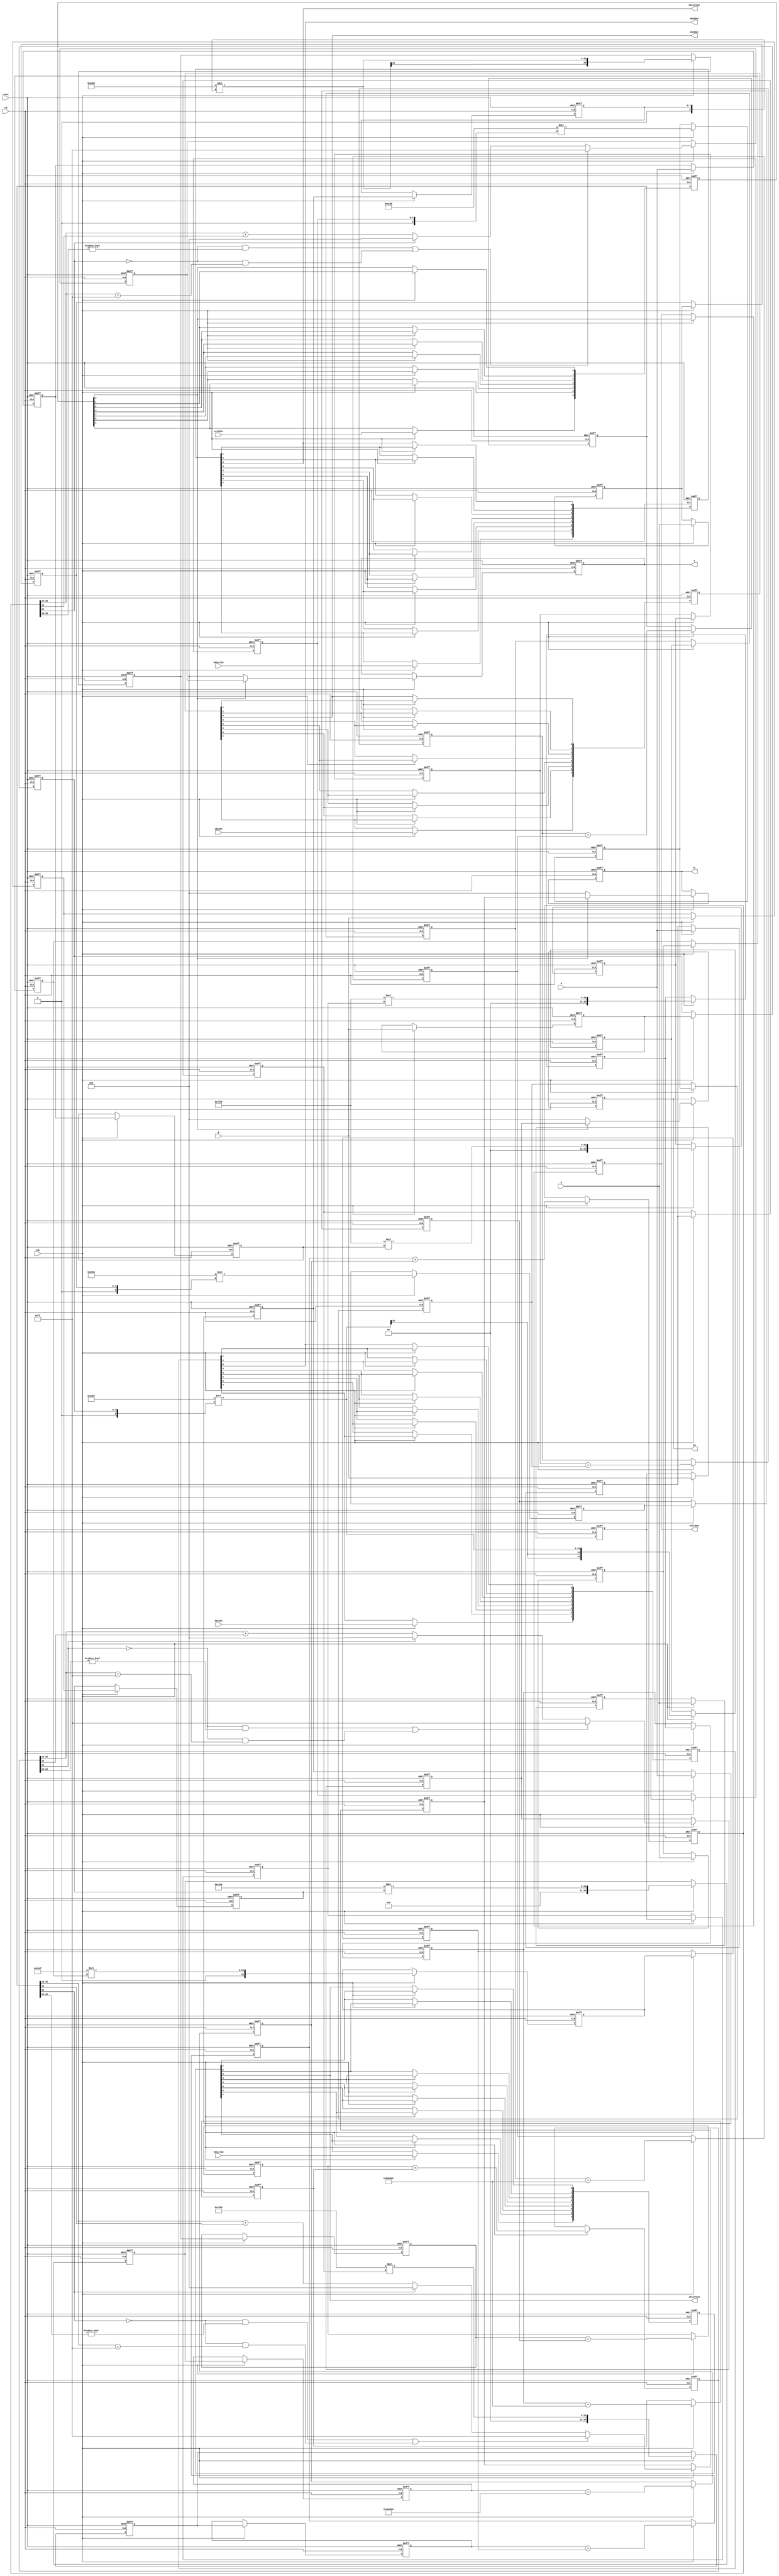
// -------------------------------------------------------------
// 
// 
// Generated by MATLAB 9.6 and HDL Coder 3.14
// 
// -------------------------------------------------------------


// -------------------------------------------------------------
// 
// Module: K_Means_ip_src_RGB2YCbCrCore
// Source Path: Sementation_8K/Segmentation_HW/K-Means/Color Space Converter/RGB2YCbCrCore
// Hierarchy Level: 3
// 
// RGB to YCbCr Converter
// 
// -------------------------------------------------------------

`timescale 1 ns / 1 ns

module K_Means_ip_src_RGB2YCbCrCore
          (clk,
           reset,
           enb,
           R,
           G,
           B,
           hStartIn,
           hEndIn,
           vStartIn,
           vEndIn,
           validIn,
           Y,
           Cb,
           Cr,
           hStartOut,
           hEndOut,
           vStartOut,
           vEndOut,
           validOut);


  input   clk;
  input   reset;
  input   enb;
  input   [7:0] R;  // uint8
  input   [7:0] G;  // uint8
  input   [7:0] B;  // uint8
  input   hStartIn;
  input   hEndIn;
  input   vStartIn;
  input   vEndIn;
  input   validIn;
  output  [7:0] Y;  // uint8
  output  [7:0] Cb;  // uint8
  output  [7:0] Cr;  // uint8
  output  hStartOut;
  output  hEndOut;
  output  vStartOut;
  output  vEndOut;
  output  validOut;


  reg  [0:6] intdelay_reg;  // ufix1 [7]
  wire [0:6] intdelay_reg_next;  // ufix1 [7]
  wire Mux_Sel;
  wire [7:0] const_zero;  // uint8
  reg [7:0] multiInDelay11_reg [0:1];  // ufix8 [2]
  wire [7:0] multiInDelay11_reg_next [0:1];  // ufix8 [2]
  wire [7:0] multiInReg11;  // uint8
  wire signed [8:0] gain_cast;  // sfix9
  wire signed [25:0] gain_mul_temp;  // sfix26_En16
  wire signed [24:0] multiOut11;  // sfix25_En16
  reg signed [24:0] multiOutDelay11_reg [0:1];  // sfix25 [2]
  wire signed [24:0] multiOutDelay11_reg_next [0:1];  // sfix25_En16 [2]
  wire signed [24:0] multiOutReg11;  // sfix25_En16
  reg [7:0] multiInDelay12_reg [0:1];  // ufix8 [2]
  wire [7:0] multiInDelay12_reg_next [0:1];  // ufix8 [2]
  wire [7:0] multiInReg12;  // uint8
  wire signed [8:0] gain_cast_1;  // sfix9
  wire signed [25:0] gain_mul_temp_1;  // sfix26_En16
  wire signed [24:0] multiOut12;  // sfix25_En16
  reg signed [24:0] multiOutDelay12_reg [0:1];  // sfix25 [2]
  wire signed [24:0] multiOutDelay12_reg_next [0:1];  // sfix25_En16 [2]
  wire signed [24:0] multiOutReg12;  // sfix25_En16
  wire signed [25:0] adder_add_cast;  // sfix26_En16
  wire signed [25:0] adder_add_cast_1;  // sfix26_En16
  wire signed [25:0] S1_up1;  // sfix26_En16
  reg signed [25:0] S1_up_delay1;  // sfix26_En16
  reg [7:0] multiInDelay13_reg [0:1];  // ufix8 [2]
  wire [7:0] multiInDelay13_reg_next [0:1];  // ufix8 [2]
  wire [7:0] multiInReg13;  // uint8
  wire signed [8:0] gain_cast_2;  // sfix9
  wire signed [25:0] gain_mul_temp_2;  // sfix26_En16
  wire signed [24:0] multiOut13;  // sfix25_En16
  reg signed [24:0] multiOutDelay13_reg [0:1];  // sfix25 [2]
  wire signed [24:0] multiOutDelay13_reg_next [0:1];  // sfix25_En16 [2]
  wire signed [24:0] multiOutReg13;  // sfix25_En16
  wire signed [24:0] offset1;  // sfix25_En16
  wire signed [25:0] adder_add_cast_2;  // sfix26_En16
  wire signed [25:0] adder_add_cast_3;  // sfix26_En16
  wire signed [25:0] S1_down1;  // sfix26_En16
  reg signed [25:0] S1_down_delay1;  // sfix26_En16
  wire signed [26:0] adder_add_cast_4;  // sfix27_En16
  wire signed [26:0] adder_add_cast_5;  // sfix27_En16
  wire signed [26:0] S21;  // sfix27_En16
  reg signed [26:0] S2_delay1;  // sfix27_En16
  wire [7:0] castout1;  // uint8
  reg [7:0] cast_delay1;  // uint8
  wire [7:0] SwitchOut1;  // uint8
  reg [7:0] Y_1;  // uint8
  reg [7:0] multiInDelay21_reg [0:1];  // ufix8 [2]
  wire [7:0] multiInDelay21_reg_next [0:1];  // ufix8 [2]
  wire [7:0] multiInReg21;  // uint8
  wire signed [8:0] gain_cast_3;  // sfix9
  wire signed [25:0] gain_mul_temp_3;  // sfix26_En16
  wire signed [24:0] multiOut21;  // sfix25_En16
  reg signed [24:0] multiOutDelay21_reg [0:1];  // sfix25 [2]
  wire signed [24:0] multiOutDelay21_reg_next [0:1];  // sfix25_En16 [2]
  wire signed [24:0] multiOutReg21;  // sfix25_En16
  reg [7:0] multiInDelay22_reg [0:1];  // ufix8 [2]
  wire [7:0] multiInDelay22_reg_next [0:1];  // ufix8 [2]
  wire [7:0] multiInReg22;  // uint8
  wire signed [8:0] gain_cast_4;  // sfix9
  wire signed [25:0] gain_mul_temp_4;  // sfix26_En16
  wire signed [24:0] multiOut22;  // sfix25_En16
  reg signed [24:0] multiOutDelay22_reg [0:1];  // sfix25 [2]
  wire signed [24:0] multiOutDelay22_reg_next [0:1];  // sfix25_En16 [2]
  wire signed [24:0] multiOutReg22;  // sfix25_En16
  wire signed [25:0] adder_add_cast_6;  // sfix26_En16
  wire signed [25:0] adder_add_cast_7;  // sfix26_En16
  wire signed [25:0] S1_up2;  // sfix26_En16
  reg signed [25:0] S1_up_delay2;  // sfix26_En16
  reg [7:0] multiInDelay23_reg [0:1];  // ufix8 [2]
  wire [7:0] multiInDelay23_reg_next [0:1];  // ufix8 [2]
  wire [7:0] multiInReg23;  // uint8
  wire signed [8:0] gain_cast_5;  // sfix9
  wire signed [25:0] gain_mul_temp_5;  // sfix26_En16
  wire signed [24:0] multiOut23;  // sfix25_En16
  reg signed [24:0] multiOutDelay23_reg [0:1];  // sfix25 [2]
  wire signed [24:0] multiOutDelay23_reg_next [0:1];  // sfix25_En16 [2]
  wire signed [24:0] multiOutReg23;  // sfix25_En16
  wire signed [24:0] offset2;  // sfix25_En16
  wire signed [25:0] adder_add_cast_8;  // sfix26_En16
  wire signed [25:0] adder_add_cast_9;  // sfix26_En16
  wire signed [25:0] S1_down2;  // sfix26_En16
  reg signed [25:0] S1_down_delay2;  // sfix26_En16
  wire signed [26:0] adder_add_cast_10;  // sfix27_En16
  wire signed [26:0] adder_add_cast_11;  // sfix27_En16
  wire signed [26:0] S22;  // sfix27_En16
  reg signed [26:0] S2_delay2;  // sfix27_En16
  wire [7:0] castout2;  // uint8
  reg [7:0] cast_delay2;  // uint8
  wire [7:0] SwitchOut2;  // uint8
  reg [7:0] Cb_1;  // uint8
  reg [7:0] multiInDelay31_reg [0:1];  // ufix8 [2]
  wire [7:0] multiInDelay31_reg_next [0:1];  // ufix8 [2]
  wire [7:0] multiInReg31;  // uint8
  wire signed [8:0] gain_cast_6;  // sfix9
  wire signed [25:0] gain_mul_temp_6;  // sfix26_En16
  wire signed [24:0] multiOut31;  // sfix25_En16
  reg signed [24:0] multiOutDelay31_reg [0:1];  // sfix25 [2]
  wire signed [24:0] multiOutDelay31_reg_next [0:1];  // sfix25_En16 [2]
  wire signed [24:0] multiOutReg31;  // sfix25_En16
  reg [7:0] multiInDelay32_reg [0:1];  // ufix8 [2]
  wire [7:0] multiInDelay32_reg_next [0:1];  // ufix8 [2]
  wire [7:0] multiInReg32;  // uint8
  wire signed [8:0] gain_cast_7;  // sfix9
  wire signed [25:0] gain_mul_temp_7;  // sfix26_En16
  wire signed [24:0] multiOut32;  // sfix25_En16
  reg signed [24:0] multiOutDelay32_reg [0:1];  // sfix25 [2]
  wire signed [24:0] multiOutDelay32_reg_next [0:1];  // sfix25_En16 [2]
  wire signed [24:0] multiOutReg32;  // sfix25_En16
  wire signed [25:0] adder_add_cast_12;  // sfix26_En16
  wire signed [25:0] adder_add_cast_13;  // sfix26_En16
  wire signed [25:0] S1_up3;  // sfix26_En16
  reg signed [25:0] S1_up_delay3;  // sfix26_En16
  reg [7:0] multiInDelay33_reg [0:1];  // ufix8 [2]
  wire [7:0] multiInDelay33_reg_next [0:1];  // ufix8 [2]
  wire [7:0] multiInReg33;  // uint8
  wire signed [8:0] gain_cast_8;  // sfix9
  wire signed [25:0] gain_mul_temp_8;  // sfix26_En16
  wire signed [24:0] multiOut33;  // sfix25_En16
  reg signed [24:0] multiOutDelay33_reg [0:1];  // sfix25 [2]
  wire signed [24:0] multiOutDelay33_reg_next [0:1];  // sfix25_En16 [2]
  wire signed [24:0] multiOutReg33;  // sfix25_En16
  wire signed [24:0] offset3;  // sfix25_En16
  wire signed [25:0] adder_add_cast_14;  // sfix26_En16
  wire signed [25:0] adder_add_cast_15;  // sfix26_En16
  wire signed [25:0] S1_down3;  // sfix26_En16
  reg signed [25:0] S1_down_delay3;  // sfix26_En16
  wire signed [26:0] adder_add_cast_16;  // sfix27_En16
  wire signed [26:0] adder_add_cast_17;  // sfix27_En16
  wire signed [26:0] S23;  // sfix27_En16
  reg signed [26:0] S2_delay3;  // sfix27_En16
  wire [7:0] castout3;  // uint8
  reg [7:0] cast_delay3;  // uint8
  wire [7:0] SwitchOut3;  // uint8
  reg [7:0] Cr_1;  // uint8
  reg  [0:7] hStart_reg;  // ufix1 [8]
  wire [0:7] hStart_reg_next;  // ufix1 [8]
  reg  [0:7] hEnd_reg;  // ufix1 [8]
  wire [0:7] hEnd_reg_next;  // ufix1 [8]
  reg  [0:7] vStart_reg;  // ufix1 [8]
  wire [0:7] vStart_reg_next;  // ufix1 [8]
  reg  [0:7] vEnd_reg;  // ufix1 [8]
  wire [0:7] vEnd_reg_next;  // ufix1 [8]
  reg  validOut_1;


  always @(posedge clk or posedge reset)
    begin : intdelay_process
      if (reset == 1'b1) begin
        intdelay_reg[0] <= 1'b0;
        intdelay_reg[1] <= 1'b0;
        intdelay_reg[2] <= 1'b0;
        intdelay_reg[3] <= 1'b0;
        intdelay_reg[4] <= 1'b0;
        intdelay_reg[5] <= 1'b0;
        intdelay_reg[6] <= 1'b0;
      end
      else begin
        if (enb) begin
          intdelay_reg[0] <= intdelay_reg_next[0];
          intdelay_reg[1] <= intdelay_reg_next[1];
          intdelay_reg[2] <= intdelay_reg_next[2];
          intdelay_reg[3] <= intdelay_reg_next[3];
          intdelay_reg[4] <= intdelay_reg_next[4];
          intdelay_reg[5] <= intdelay_reg_next[5];
          intdelay_reg[6] <= intdelay_reg_next[6];
        end
      end
    end

  assign Mux_Sel = intdelay_reg[6];
  assign intdelay_reg_next[0] = validIn;
  assign intdelay_reg_next[1] = intdelay_reg[0];
  assign intdelay_reg_next[2] = intdelay_reg[1];
  assign intdelay_reg_next[3] = intdelay_reg[2];
  assign intdelay_reg_next[4] = intdelay_reg[3];
  assign intdelay_reg_next[5] = intdelay_reg[4];
  assign intdelay_reg_next[6] = intdelay_reg[5];



  assign const_zero = 8'b00000000;



  always @(posedge clk or posedge reset)
    begin : multiInDelay11_process
      if (reset == 1'b1) begin
        multiInDelay11_reg[0] <= 8'b00000000;
        multiInDelay11_reg[1] <= 8'b00000000;
      end
      else begin
        if (enb) begin
          multiInDelay11_reg[0] <= multiInDelay11_reg_next[0];
          multiInDelay11_reg[1] <= multiInDelay11_reg_next[1];
        end
      end
    end

  assign multiInReg11 = multiInDelay11_reg[1];
  assign multiInDelay11_reg_next[0] = R;
  assign multiInDelay11_reg_next[1] = multiInDelay11_reg[0];



  assign gain_cast = {1'b0, multiInReg11};
  assign gain_mul_temp = 17'sb00100000110111101 * gain_cast;
  assign multiOut11 = gain_mul_temp[24:0];



  always @(posedge clk or posedge reset)
    begin : multiOutDelay11_process
      if (reset == 1'b1) begin
        multiOutDelay11_reg[0] <= 25'sb0000000000000000000000000;
        multiOutDelay11_reg[1] <= 25'sb0000000000000000000000000;
      end
      else begin
        if (enb) begin
          multiOutDelay11_reg[0] <= multiOutDelay11_reg_next[0];
          multiOutDelay11_reg[1] <= multiOutDelay11_reg_next[1];
        end
      end
    end

  assign multiOutReg11 = multiOutDelay11_reg[1];
  assign multiOutDelay11_reg_next[0] = multiOut11;
  assign multiOutDelay11_reg_next[1] = multiOutDelay11_reg[0];



  always @(posedge clk or posedge reset)
    begin : multiInDelay12_process
      if (reset == 1'b1) begin
        multiInDelay12_reg[0] <= 8'b00000000;
        multiInDelay12_reg[1] <= 8'b00000000;
      end
      else begin
        if (enb) begin
          multiInDelay12_reg[0] <= multiInDelay12_reg_next[0];
          multiInDelay12_reg[1] <= multiInDelay12_reg_next[1];
        end
      end
    end

  assign multiInReg12 = multiInDelay12_reg[1];
  assign multiInDelay12_reg_next[0] = G;
  assign multiInDelay12_reg_next[1] = multiInDelay12_reg[0];



  assign gain_cast_1 = {1'b0, multiInReg12};
  assign gain_mul_temp_1 = 17'sb01000000100001111 * gain_cast_1;
  assign multiOut12 = gain_mul_temp_1[24:0];



  always @(posedge clk or posedge reset)
    begin : multiOutDelay12_process
      if (reset == 1'b1) begin
        multiOutDelay12_reg[0] <= 25'sb0000000000000000000000000;
        multiOutDelay12_reg[1] <= 25'sb0000000000000000000000000;
      end
      else begin
        if (enb) begin
          multiOutDelay12_reg[0] <= multiOutDelay12_reg_next[0];
          multiOutDelay12_reg[1] <= multiOutDelay12_reg_next[1];
        end
      end
    end

  assign multiOutReg12 = multiOutDelay12_reg[1];
  assign multiOutDelay12_reg_next[0] = multiOut12;
  assign multiOutDelay12_reg_next[1] = multiOutDelay12_reg[0];



  assign adder_add_cast = {multiOutReg11[24], multiOutReg11};
  assign adder_add_cast_1 = {multiOutReg12[24], multiOutReg12};
  assign S1_up1 = adder_add_cast + adder_add_cast_1;



  always @(posedge clk or posedge reset)
    begin : intdelay_1_process
      if (reset == 1'b1) begin
        S1_up_delay1 <= 26'sb00000000000000000000000000;
      end
      else begin
        if (enb) begin
          S1_up_delay1 <= S1_up1;
        end
      end
    end



  always @(posedge clk or posedge reset)
    begin : multiInDelay13_process
      if (reset == 1'b1) begin
        multiInDelay13_reg[0] <= 8'b00000000;
        multiInDelay13_reg[1] <= 8'b00000000;
      end
      else begin
        if (enb) begin
          multiInDelay13_reg[0] <= multiInDelay13_reg_next[0];
          multiInDelay13_reg[1] <= multiInDelay13_reg_next[1];
        end
      end
    end

  assign multiInReg13 = multiInDelay13_reg[1];
  assign multiInDelay13_reg_next[0] = B;
  assign multiInDelay13_reg_next[1] = multiInDelay13_reg[0];



  assign gain_cast_2 = {1'b0, multiInReg13};
  assign gain_mul_temp_2 = 17'sb00001100100010000 * gain_cast_2;
  assign multiOut13 = gain_mul_temp_2[24:0];



  always @(posedge clk or posedge reset)
    begin : multiOutDelay13_process
      if (reset == 1'b1) begin
        multiOutDelay13_reg[0] <= 25'sb0000000000000000000000000;
        multiOutDelay13_reg[1] <= 25'sb0000000000000000000000000;
      end
      else begin
        if (enb) begin
          multiOutDelay13_reg[0] <= multiOutDelay13_reg_next[0];
          multiOutDelay13_reg[1] <= multiOutDelay13_reg_next[1];
        end
      end
    end

  assign multiOutReg13 = multiOutDelay13_reg[1];
  assign multiOutDelay13_reg_next[0] = multiOut13;
  assign multiOutDelay13_reg_next[1] = multiOutDelay13_reg[0];



  assign offset1 = 25'sb0000100000000000000000000;



  assign adder_add_cast_2 = {multiOutReg13[24], multiOutReg13};
  assign adder_add_cast_3 = {offset1[24], offset1};
  assign S1_down1 = adder_add_cast_2 + adder_add_cast_3;



  always @(posedge clk or posedge reset)
    begin : intdelay_2_process
      if (reset == 1'b1) begin
        S1_down_delay1 <= 26'sb00000000000000000000000000;
      end
      else begin
        if (enb) begin
          S1_down_delay1 <= S1_down1;
        end
      end
    end



  assign adder_add_cast_4 = {S1_up_delay1[25], S1_up_delay1};
  assign adder_add_cast_5 = {S1_down_delay1[25], S1_down_delay1};
  assign S21 = adder_add_cast_4 + adder_add_cast_5;



  always @(posedge clk or posedge reset)
    begin : intdelay_3_process
      if (reset == 1'b1) begin
        S2_delay1 <= 27'sb000000000000000000000000000;
      end
      else begin
        if (enb) begin
          S2_delay1 <= S21;
        end
      end
    end



  // convert to dataOut data type
  assign castout1 = (((S2_delay1[26] == 1'b0) && (S2_delay1[25:24] != 2'b00)) || ((S2_delay1[26] == 1'b0) && (S2_delay1[23:16] == 8'b11111111)) ? 8'b11111111 :
              (S2_delay1[26] == 1'b1 ? 8'b00000000 :
              S2_delay1[23:16] + S2_delay1[15]));



  always @(posedge clk or posedge reset)
    begin : intdelay_4_process
      if (reset == 1'b1) begin
        cast_delay1 <= 8'b00000000;
      end
      else begin
        if (enb) begin
          cast_delay1 <= castout1;
        end
      end
    end



  assign SwitchOut1 = (Mux_Sel == 1'b0 ? const_zero :
              cast_delay1);



  always @(posedge clk or posedge reset)
    begin : intdelay_5_process
      if (reset == 1'b1) begin
        Y_1 <= 8'b00000000;
      end
      else begin
        if (enb) begin
          Y_1 <= SwitchOut1;
        end
      end
    end



  always @(posedge clk or posedge reset)
    begin : multiInDelay21_process
      if (reset == 1'b1) begin
        multiInDelay21_reg[0] <= 8'b00000000;
        multiInDelay21_reg[1] <= 8'b00000000;
      end
      else begin
        if (enb) begin
          multiInDelay21_reg[0] <= multiInDelay21_reg_next[0];
          multiInDelay21_reg[1] <= multiInDelay21_reg_next[1];
        end
      end
    end

  assign multiInReg21 = multiInDelay21_reg[1];
  assign multiInDelay21_reg_next[0] = R;
  assign multiInDelay21_reg_next[1] = multiInDelay21_reg[0];



  assign gain_cast_3 = {1'b0, multiInReg21};
  assign gain_mul_temp_3 = 17'sb11101101000001110 * gain_cast_3;
  assign multiOut21 = gain_mul_temp_3[24:0];



  always @(posedge clk or posedge reset)
    begin : multiOutDelay21_process
      if (reset == 1'b1) begin
        multiOutDelay21_reg[0] <= 25'sb0000000000000000000000000;
        multiOutDelay21_reg[1] <= 25'sb0000000000000000000000000;
      end
      else begin
        if (enb) begin
          multiOutDelay21_reg[0] <= multiOutDelay21_reg_next[0];
          multiOutDelay21_reg[1] <= multiOutDelay21_reg_next[1];
        end
      end
    end

  assign multiOutReg21 = multiOutDelay21_reg[1];
  assign multiOutDelay21_reg_next[0] = multiOut21;
  assign multiOutDelay21_reg_next[1] = multiOutDelay21_reg[0];



  always @(posedge clk or posedge reset)
    begin : multiInDelay22_process
      if (reset == 1'b1) begin
        multiInDelay22_reg[0] <= 8'b00000000;
        multiInDelay22_reg[1] <= 8'b00000000;
      end
      else begin
        if (enb) begin
          multiInDelay22_reg[0] <= multiInDelay22_reg_next[0];
          multiInDelay22_reg[1] <= multiInDelay22_reg_next[1];
        end
      end
    end

  assign multiInReg22 = multiInDelay22_reg[1];
  assign multiInDelay22_reg_next[0] = G;
  assign multiInDelay22_reg_next[1] = multiInDelay22_reg[0];



  assign gain_cast_4 = {1'b0, multiInReg22};
  assign gain_mul_temp_4 = 17'sb11011010110000001 * gain_cast_4;
  assign multiOut22 = gain_mul_temp_4[24:0];



  always @(posedge clk or posedge reset)
    begin : multiOutDelay22_process
      if (reset == 1'b1) begin
        multiOutDelay22_reg[0] <= 25'sb0000000000000000000000000;
        multiOutDelay22_reg[1] <= 25'sb0000000000000000000000000;
      end
      else begin
        if (enb) begin
          multiOutDelay22_reg[0] <= multiOutDelay22_reg_next[0];
          multiOutDelay22_reg[1] <= multiOutDelay22_reg_next[1];
        end
      end
    end

  assign multiOutReg22 = multiOutDelay22_reg[1];
  assign multiOutDelay22_reg_next[0] = multiOut22;
  assign multiOutDelay22_reg_next[1] = multiOutDelay22_reg[0];



  assign adder_add_cast_6 = {multiOutReg21[24], multiOutReg21};
  assign adder_add_cast_7 = {multiOutReg22[24], multiOutReg22};
  assign S1_up2 = adder_add_cast_6 + adder_add_cast_7;



  always @(posedge clk or posedge reset)
    begin : intdelay_6_process
      if (reset == 1'b1) begin
        S1_up_delay2 <= 26'sb00000000000000000000000000;
      end
      else begin
        if (enb) begin
          S1_up_delay2 <= S1_up2;
        end
      end
    end



  always @(posedge clk or posedge reset)
    begin : multiInDelay23_process
      if (reset == 1'b1) begin
        multiInDelay23_reg[0] <= 8'b00000000;
        multiInDelay23_reg[1] <= 8'b00000000;
      end
      else begin
        if (enb) begin
          multiInDelay23_reg[0] <= multiInDelay23_reg_next[0];
          multiInDelay23_reg[1] <= multiInDelay23_reg_next[1];
        end
      end
    end

  assign multiInReg23 = multiInDelay23_reg[1];
  assign multiInDelay23_reg_next[0] = B;
  assign multiInDelay23_reg_next[1] = multiInDelay23_reg[0];



  assign gain_cast_5 = {1'b0, multiInReg23};
  assign gain_mul_temp_5 = 17'sb00111000001110000 * gain_cast_5;
  assign multiOut23 = gain_mul_temp_5[24:0];



  always @(posedge clk or posedge reset)
    begin : multiOutDelay23_process
      if (reset == 1'b1) begin
        multiOutDelay23_reg[0] <= 25'sb0000000000000000000000000;
        multiOutDelay23_reg[1] <= 25'sb0000000000000000000000000;
      end
      else begin
        if (enb) begin
          multiOutDelay23_reg[0] <= multiOutDelay23_reg_next[0];
          multiOutDelay23_reg[1] <= multiOutDelay23_reg_next[1];
        end
      end
    end

  assign multiOutReg23 = multiOutDelay23_reg[1];
  assign multiOutDelay23_reg_next[0] = multiOut23;
  assign multiOutDelay23_reg_next[1] = multiOutDelay23_reg[0];



  assign offset2 = 25'sb0100000000000000000000000;



  assign adder_add_cast_8 = {multiOutReg23[24], multiOutReg23};
  assign adder_add_cast_9 = {offset2[24], offset2};
  assign S1_down2 = adder_add_cast_8 + adder_add_cast_9;



  always @(posedge clk or posedge reset)
    begin : intdelay_7_process
      if (reset == 1'b1) begin
        S1_down_delay2 <= 26'sb00000000000000000000000000;
      end
      else begin
        if (enb) begin
          S1_down_delay2 <= S1_down2;
        end
      end
    end



  assign adder_add_cast_10 = {S1_up_delay2[25], S1_up_delay2};
  assign adder_add_cast_11 = {S1_down_delay2[25], S1_down_delay2};
  assign S22 = adder_add_cast_10 + adder_add_cast_11;



  always @(posedge clk or posedge reset)
    begin : intdelay_8_process
      if (reset == 1'b1) begin
        S2_delay2 <= 27'sb000000000000000000000000000;
      end
      else begin
        if (enb) begin
          S2_delay2 <= S22;
        end
      end
    end



  // convert to dataOut data type
  assign castout2 = (((S2_delay2[26] == 1'b0) && (S2_delay2[25:24] != 2'b00)) || ((S2_delay2[26] == 1'b0) && (S2_delay2[23:16] == 8'b11111111)) ? 8'b11111111 :
              (S2_delay2[26] == 1'b1 ? 8'b00000000 :
              S2_delay2[23:16] + S2_delay2[15]));



  always @(posedge clk or posedge reset)
    begin : intdelay_9_process
      if (reset == 1'b1) begin
        cast_delay2 <= 8'b00000000;
      end
      else begin
        if (enb) begin
          cast_delay2 <= castout2;
        end
      end
    end



  assign SwitchOut2 = (Mux_Sel == 1'b0 ? const_zero :
              cast_delay2);



  always @(posedge clk or posedge reset)
    begin : intdelay_10_process
      if (reset == 1'b1) begin
        Cb_1 <= 8'b00000000;
      end
      else begin
        if (enb) begin
          Cb_1 <= SwitchOut2;
        end
      end
    end



  always @(posedge clk or posedge reset)
    begin : multiInDelay31_process
      if (reset == 1'b1) begin
        multiInDelay31_reg[0] <= 8'b00000000;
        multiInDelay31_reg[1] <= 8'b00000000;
      end
      else begin
        if (enb) begin
          multiInDelay31_reg[0] <= multiInDelay31_reg_next[0];
          multiInDelay31_reg[1] <= multiInDelay31_reg_next[1];
        end
      end
    end

  assign multiInReg31 = multiInDelay31_reg[1];
  assign multiInDelay31_reg_next[0] = R;
  assign multiInDelay31_reg_next[1] = multiInDelay31_reg[0];



  assign gain_cast_6 = {1'b0, multiInReg31};
  assign gain_mul_temp_6 = 17'sb00111000001110000 * gain_cast_6;
  assign multiOut31 = gain_mul_temp_6[24:0];



  always @(posedge clk or posedge reset)
    begin : multiOutDelay31_process
      if (reset == 1'b1) begin
        multiOutDelay31_reg[0] <= 25'sb0000000000000000000000000;
        multiOutDelay31_reg[1] <= 25'sb0000000000000000000000000;
      end
      else begin
        if (enb) begin
          multiOutDelay31_reg[0] <= multiOutDelay31_reg_next[0];
          multiOutDelay31_reg[1] <= multiOutDelay31_reg_next[1];
        end
      end
    end

  assign multiOutReg31 = multiOutDelay31_reg[1];
  assign multiOutDelay31_reg_next[0] = multiOut31;
  assign multiOutDelay31_reg_next[1] = multiOutDelay31_reg[0];



  always @(posedge clk or posedge reset)
    begin : multiInDelay32_process
      if (reset == 1'b1) begin
        multiInDelay32_reg[0] <= 8'b00000000;
        multiInDelay32_reg[1] <= 8'b00000000;
      end
      else begin
        if (enb) begin
          multiInDelay32_reg[0] <= multiInDelay32_reg_next[0];
          multiInDelay32_reg[1] <= multiInDelay32_reg_next[1];
        end
      end
    end

  assign multiInReg32 = multiInDelay32_reg[1];
  assign multiInDelay32_reg_next[0] = G;
  assign multiInDelay32_reg_next[1] = multiInDelay32_reg[0];



  assign gain_cast_7 = {1'b0, multiInReg32};
  assign gain_mul_temp_7 = 17'sb11010000111011001 * gain_cast_7;
  assign multiOut32 = gain_mul_temp_7[24:0];



  always @(posedge clk or posedge reset)
    begin : multiOutDelay32_process
      if (reset == 1'b1) begin
        multiOutDelay32_reg[0] <= 25'sb0000000000000000000000000;
        multiOutDelay32_reg[1] <= 25'sb0000000000000000000000000;
      end
      else begin
        if (enb) begin
          multiOutDelay32_reg[0] <= multiOutDelay32_reg_next[0];
          multiOutDelay32_reg[1] <= multiOutDelay32_reg_next[1];
        end
      end
    end

  assign multiOutReg32 = multiOutDelay32_reg[1];
  assign multiOutDelay32_reg_next[0] = multiOut32;
  assign multiOutDelay32_reg_next[1] = multiOutDelay32_reg[0];



  assign adder_add_cast_12 = {multiOutReg31[24], multiOutReg31};
  assign adder_add_cast_13 = {multiOutReg32[24], multiOutReg32};
  assign S1_up3 = adder_add_cast_12 + adder_add_cast_13;



  always @(posedge clk or posedge reset)
    begin : intdelay_11_process
      if (reset == 1'b1) begin
        S1_up_delay3 <= 26'sb00000000000000000000000000;
      end
      else begin
        if (enb) begin
          S1_up_delay3 <= S1_up3;
        end
      end
    end



  always @(posedge clk or posedge reset)
    begin : multiInDelay33_process
      if (reset == 1'b1) begin
        multiInDelay33_reg[0] <= 8'b00000000;
        multiInDelay33_reg[1] <= 8'b00000000;
      end
      else begin
        if (enb) begin
          multiInDelay33_reg[0] <= multiInDelay33_reg_next[0];
          multiInDelay33_reg[1] <= multiInDelay33_reg_next[1];
        end
      end
    end

  assign multiInReg33 = multiInDelay33_reg[1];
  assign multiInDelay33_reg_next[0] = B;
  assign multiInDelay33_reg_next[1] = multiInDelay33_reg[0];



  assign gain_cast_8 = {1'b0, multiInReg33};
  assign gain_mul_temp_8 = 17'sb11110110110110111 * gain_cast_8;
  assign multiOut33 = gain_mul_temp_8[24:0];



  always @(posedge clk or posedge reset)
    begin : multiOutDelay33_process
      if (reset == 1'b1) begin
        multiOutDelay33_reg[0] <= 25'sb0000000000000000000000000;
        multiOutDelay33_reg[1] <= 25'sb0000000000000000000000000;
      end
      else begin
        if (enb) begin
          multiOutDelay33_reg[0] <= multiOutDelay33_reg_next[0];
          multiOutDelay33_reg[1] <= multiOutDelay33_reg_next[1];
        end
      end
    end

  assign multiOutReg33 = multiOutDelay33_reg[1];
  assign multiOutDelay33_reg_next[0] = multiOut33;
  assign multiOutDelay33_reg_next[1] = multiOutDelay33_reg[0];



  assign offset3 = 25'sb0100000000000000000000000;



  assign adder_add_cast_14 = {multiOutReg33[24], multiOutReg33};
  assign adder_add_cast_15 = {offset3[24], offset3};
  assign S1_down3 = adder_add_cast_14 + adder_add_cast_15;



  always @(posedge clk or posedge reset)
    begin : intdelay_12_process
      if (reset == 1'b1) begin
        S1_down_delay3 <= 26'sb00000000000000000000000000;
      end
      else begin
        if (enb) begin
          S1_down_delay3 <= S1_down3;
        end
      end
    end



  assign adder_add_cast_16 = {S1_up_delay3[25], S1_up_delay3};
  assign adder_add_cast_17 = {S1_down_delay3[25], S1_down_delay3};
  assign S23 = adder_add_cast_16 + adder_add_cast_17;



  always @(posedge clk or posedge reset)
    begin : intdelay_13_process
      if (reset == 1'b1) begin
        S2_delay3 <= 27'sb000000000000000000000000000;
      end
      else begin
        if (enb) begin
          S2_delay3 <= S23;
        end
      end
    end



  // convert to dataOut data type
  assign castout3 = (((S2_delay3[26] == 1'b0) && (S2_delay3[25:24] != 2'b00)) || ((S2_delay3[26] == 1'b0) && (S2_delay3[23:16] == 8'b11111111)) ? 8'b11111111 :
              (S2_delay3[26] == 1'b1 ? 8'b00000000 :
              S2_delay3[23:16] + S2_delay3[15]));



  always @(posedge clk or posedge reset)
    begin : intdelay_14_process
      if (reset == 1'b1) begin
        cast_delay3 <= 8'b00000000;
      end
      else begin
        if (enb) begin
          cast_delay3 <= castout3;
        end
      end
    end



  assign SwitchOut3 = (Mux_Sel == 1'b0 ? const_zero :
              cast_delay3);



  always @(posedge clk or posedge reset)
    begin : intdelay_15_process
      if (reset == 1'b1) begin
        Cr_1 <= 8'b00000000;
      end
      else begin
        if (enb) begin
          Cr_1 <= SwitchOut3;
        end
      end
    end



  // delay hStart
  always @(posedge clk or posedge reset)
    begin : hStart_process
      if (reset == 1'b1) begin
        hStart_reg[0] <= 1'b0;
        hStart_reg[1] <= 1'b0;
        hStart_reg[2] <= 1'b0;
        hStart_reg[3] <= 1'b0;
        hStart_reg[4] <= 1'b0;
        hStart_reg[5] <= 1'b0;
        hStart_reg[6] <= 1'b0;
        hStart_reg[7] <= 1'b0;
      end
      else begin
        if (enb) begin
          hStart_reg[0] <= hStart_reg_next[0];
          hStart_reg[1] <= hStart_reg_next[1];
          hStart_reg[2] <= hStart_reg_next[2];
          hStart_reg[3] <= hStart_reg_next[3];
          hStart_reg[4] <= hStart_reg_next[4];
          hStart_reg[5] <= hStart_reg_next[5];
          hStart_reg[6] <= hStart_reg_next[6];
          hStart_reg[7] <= hStart_reg_next[7];
        end
      end
    end

  assign hStartOut = hStart_reg[7];
  assign hStart_reg_next[0] = hStartIn;
  assign hStart_reg_next[1] = hStart_reg[0];
  assign hStart_reg_next[2] = hStart_reg[1];
  assign hStart_reg_next[3] = hStart_reg[2];
  assign hStart_reg_next[4] = hStart_reg[3];
  assign hStart_reg_next[5] = hStart_reg[4];
  assign hStart_reg_next[6] = hStart_reg[5];
  assign hStart_reg_next[7] = hStart_reg[6];



  // delay hEnd
  always @(posedge clk or posedge reset)
    begin : hEnd_process
      if (reset == 1'b1) begin
        hEnd_reg[0] <= 1'b0;
        hEnd_reg[1] <= 1'b0;
        hEnd_reg[2] <= 1'b0;
        hEnd_reg[3] <= 1'b0;
        hEnd_reg[4] <= 1'b0;
        hEnd_reg[5] <= 1'b0;
        hEnd_reg[6] <= 1'b0;
        hEnd_reg[7] <= 1'b0;
      end
      else begin
        if (enb) begin
          hEnd_reg[0] <= hEnd_reg_next[0];
          hEnd_reg[1] <= hEnd_reg_next[1];
          hEnd_reg[2] <= hEnd_reg_next[2];
          hEnd_reg[3] <= hEnd_reg_next[3];
          hEnd_reg[4] <= hEnd_reg_next[4];
          hEnd_reg[5] <= hEnd_reg_next[5];
          hEnd_reg[6] <= hEnd_reg_next[6];
          hEnd_reg[7] <= hEnd_reg_next[7];
        end
      end
    end

  assign hEndOut = hEnd_reg[7];
  assign hEnd_reg_next[0] = hEndIn;
  assign hEnd_reg_next[1] = hEnd_reg[0];
  assign hEnd_reg_next[2] = hEnd_reg[1];
  assign hEnd_reg_next[3] = hEnd_reg[2];
  assign hEnd_reg_next[4] = hEnd_reg[3];
  assign hEnd_reg_next[5] = hEnd_reg[4];
  assign hEnd_reg_next[6] = hEnd_reg[5];
  assign hEnd_reg_next[7] = hEnd_reg[6];



  // delay vStart
  always @(posedge clk or posedge reset)
    begin : vStart_process
      if (reset == 1'b1) begin
        vStart_reg[0] <= 1'b0;
        vStart_reg[1] <= 1'b0;
        vStart_reg[2] <= 1'b0;
        vStart_reg[3] <= 1'b0;
        vStart_reg[4] <= 1'b0;
        vStart_reg[5] <= 1'b0;
        vStart_reg[6] <= 1'b0;
        vStart_reg[7] <= 1'b0;
      end
      else begin
        if (enb) begin
          vStart_reg[0] <= vStart_reg_next[0];
          vStart_reg[1] <= vStart_reg_next[1];
          vStart_reg[2] <= vStart_reg_next[2];
          vStart_reg[3] <= vStart_reg_next[3];
          vStart_reg[4] <= vStart_reg_next[4];
          vStart_reg[5] <= vStart_reg_next[5];
          vStart_reg[6] <= vStart_reg_next[6];
          vStart_reg[7] <= vStart_reg_next[7];
        end
      end
    end

  assign vStartOut = vStart_reg[7];
  assign vStart_reg_next[0] = vStartIn;
  assign vStart_reg_next[1] = vStart_reg[0];
  assign vStart_reg_next[2] = vStart_reg[1];
  assign vStart_reg_next[3] = vStart_reg[2];
  assign vStart_reg_next[4] = vStart_reg[3];
  assign vStart_reg_next[5] = vStart_reg[4];
  assign vStart_reg_next[6] = vStart_reg[5];
  assign vStart_reg_next[7] = vStart_reg[6];



  // delay vEnd
  always @(posedge clk or posedge reset)
    begin : vEnd_process
      if (reset == 1'b1) begin
        vEnd_reg[0] <= 1'b0;
        vEnd_reg[1] <= 1'b0;
        vEnd_reg[2] <= 1'b0;
        vEnd_reg[3] <= 1'b0;
        vEnd_reg[4] <= 1'b0;
        vEnd_reg[5] <= 1'b0;
        vEnd_reg[6] <= 1'b0;
        vEnd_reg[7] <= 1'b0;
      end
      else begin
        if (enb) begin
          vEnd_reg[0] <= vEnd_reg_next[0];
          vEnd_reg[1] <= vEnd_reg_next[1];
          vEnd_reg[2] <= vEnd_reg_next[2];
          vEnd_reg[3] <= vEnd_reg_next[3];
          vEnd_reg[4] <= vEnd_reg_next[4];
          vEnd_reg[5] <= vEnd_reg_next[5];
          vEnd_reg[6] <= vEnd_reg_next[6];
          vEnd_reg[7] <= vEnd_reg_next[7];
        end
      end
    end

  assign vEndOut = vEnd_reg[7];
  assign vEnd_reg_next[0] = vEndIn;
  assign vEnd_reg_next[1] = vEnd_reg[0];
  assign vEnd_reg_next[2] = vEnd_reg[1];
  assign vEnd_reg_next[3] = vEnd_reg[2];
  assign vEnd_reg_next[4] = vEnd_reg[3];
  assign vEnd_reg_next[5] = vEnd_reg[4];
  assign vEnd_reg_next[6] = vEnd_reg[5];
  assign vEnd_reg_next[7] = vEnd_reg[6];



  always @(posedge clk or posedge reset)
    begin : intdelay_16_process
      if (reset == 1'b1) begin
        validOut_1 <= 1'b0;
      end
      else begin
        if (enb) begin
          validOut_1 <= Mux_Sel;
        end
      end
    end



  assign Y = Y_1;

  assign Cb = Cb_1;

  assign Cr = Cr_1;

  assign validOut = validOut_1;

endmodule  // K_Means_ip_src_RGB2YCbCrCore